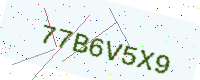
Text: 77B6V5X9